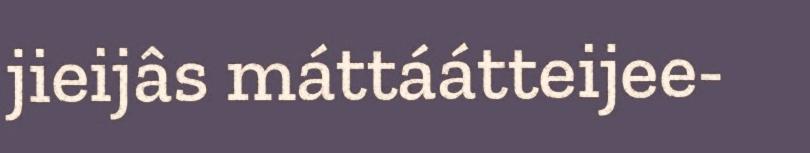
jieijâs máttáátteijee-